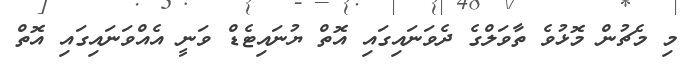
މި މެޗުން މޮޅުވެ ތާވަލްގެ ދެވަނައިގައި އޮތް ޔުނައިޓެޑް ވަނީ އެއްވަނައިގައި އޮތް